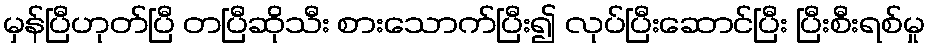
မှန်ပြီဟုတ်ပြီ တပြီဆိုသီး စားသောက်ပြီး၍ လုပ်ပြီးဆောင်ပြီး ပြီးစီးရစ်မှု